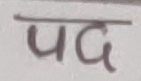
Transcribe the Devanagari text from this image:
पद